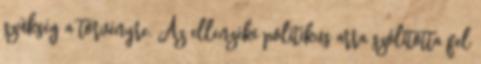
szükség a törvényre. Az ellenzéki politikus arra szólította fel